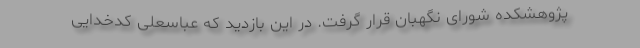
پژوهشکده شورای نگهبان قرار گرفت. در این بازدید که عباسعلی کدخدایی